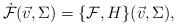
LaTeX: \begin{align*} \dot{\mathcal{F}}(\vec{v},\Sigma)=\{\mathcal{F},H\}(\vec{v},\Sigma),\end{align*}